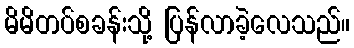
မိမိတပ်စခန်းသို့ ပြန်လာခဲ့လေသည်။